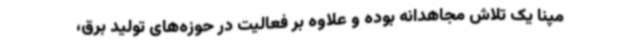
مپنا یک تلاش مجاهدانه بوده و علاوه بر فعالیت در حوزه‌های تولید برق،